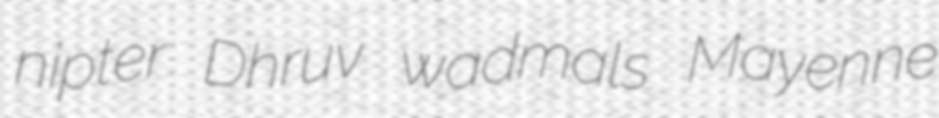
nipter Dhruv wadmals Mayenne